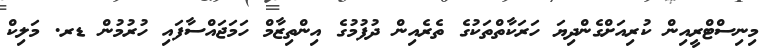
މިނިސްޓްރީއިން ކުރިއަށްގެންދިޔަ ހަރަކާތްތަކުގެ ތެރެއިން ދުފުމުގެ އިންތިޒާމް ހަމަޖައްސާފައި ހުރުމުން ޑރ. މަލިކް